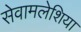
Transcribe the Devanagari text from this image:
सेवामलेशिया